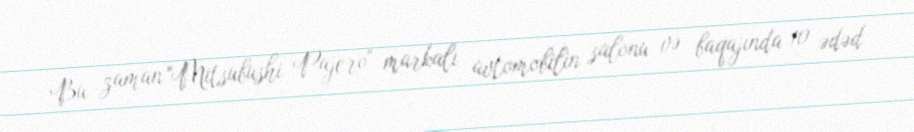
Bu zaman "Mitsubushi Pajero" markalı avtomobilin salonu və baqajında 10 ədəd